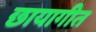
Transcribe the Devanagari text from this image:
छायागीत